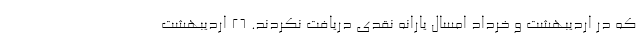
که در اردیبهشت و خرداد امسال یارانه نقدی دریافت نکردند. ۲۶ اردیبهشت